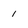
Character: 1